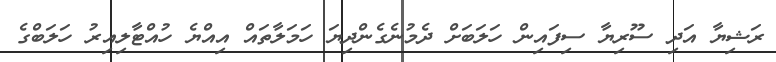
ރަޝިޔާ އަދި ސޫރިޔާ ސިފައިން ހަލަބަށް ދެމުނެގެންދިޔަ ހަމަލާތައް އިއްޔެ ހުއްޓާލިއިރު ހަލަބްގެ